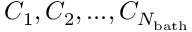
C _ { 1 } , C _ { 2 } , . . . , C _ { N _ { \mathrm { b a t h } } }